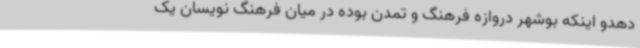
دهدو اینکه بوشهر دروازه فرهنگ و تمدن بوده در میان فرهنگ نویسان یک